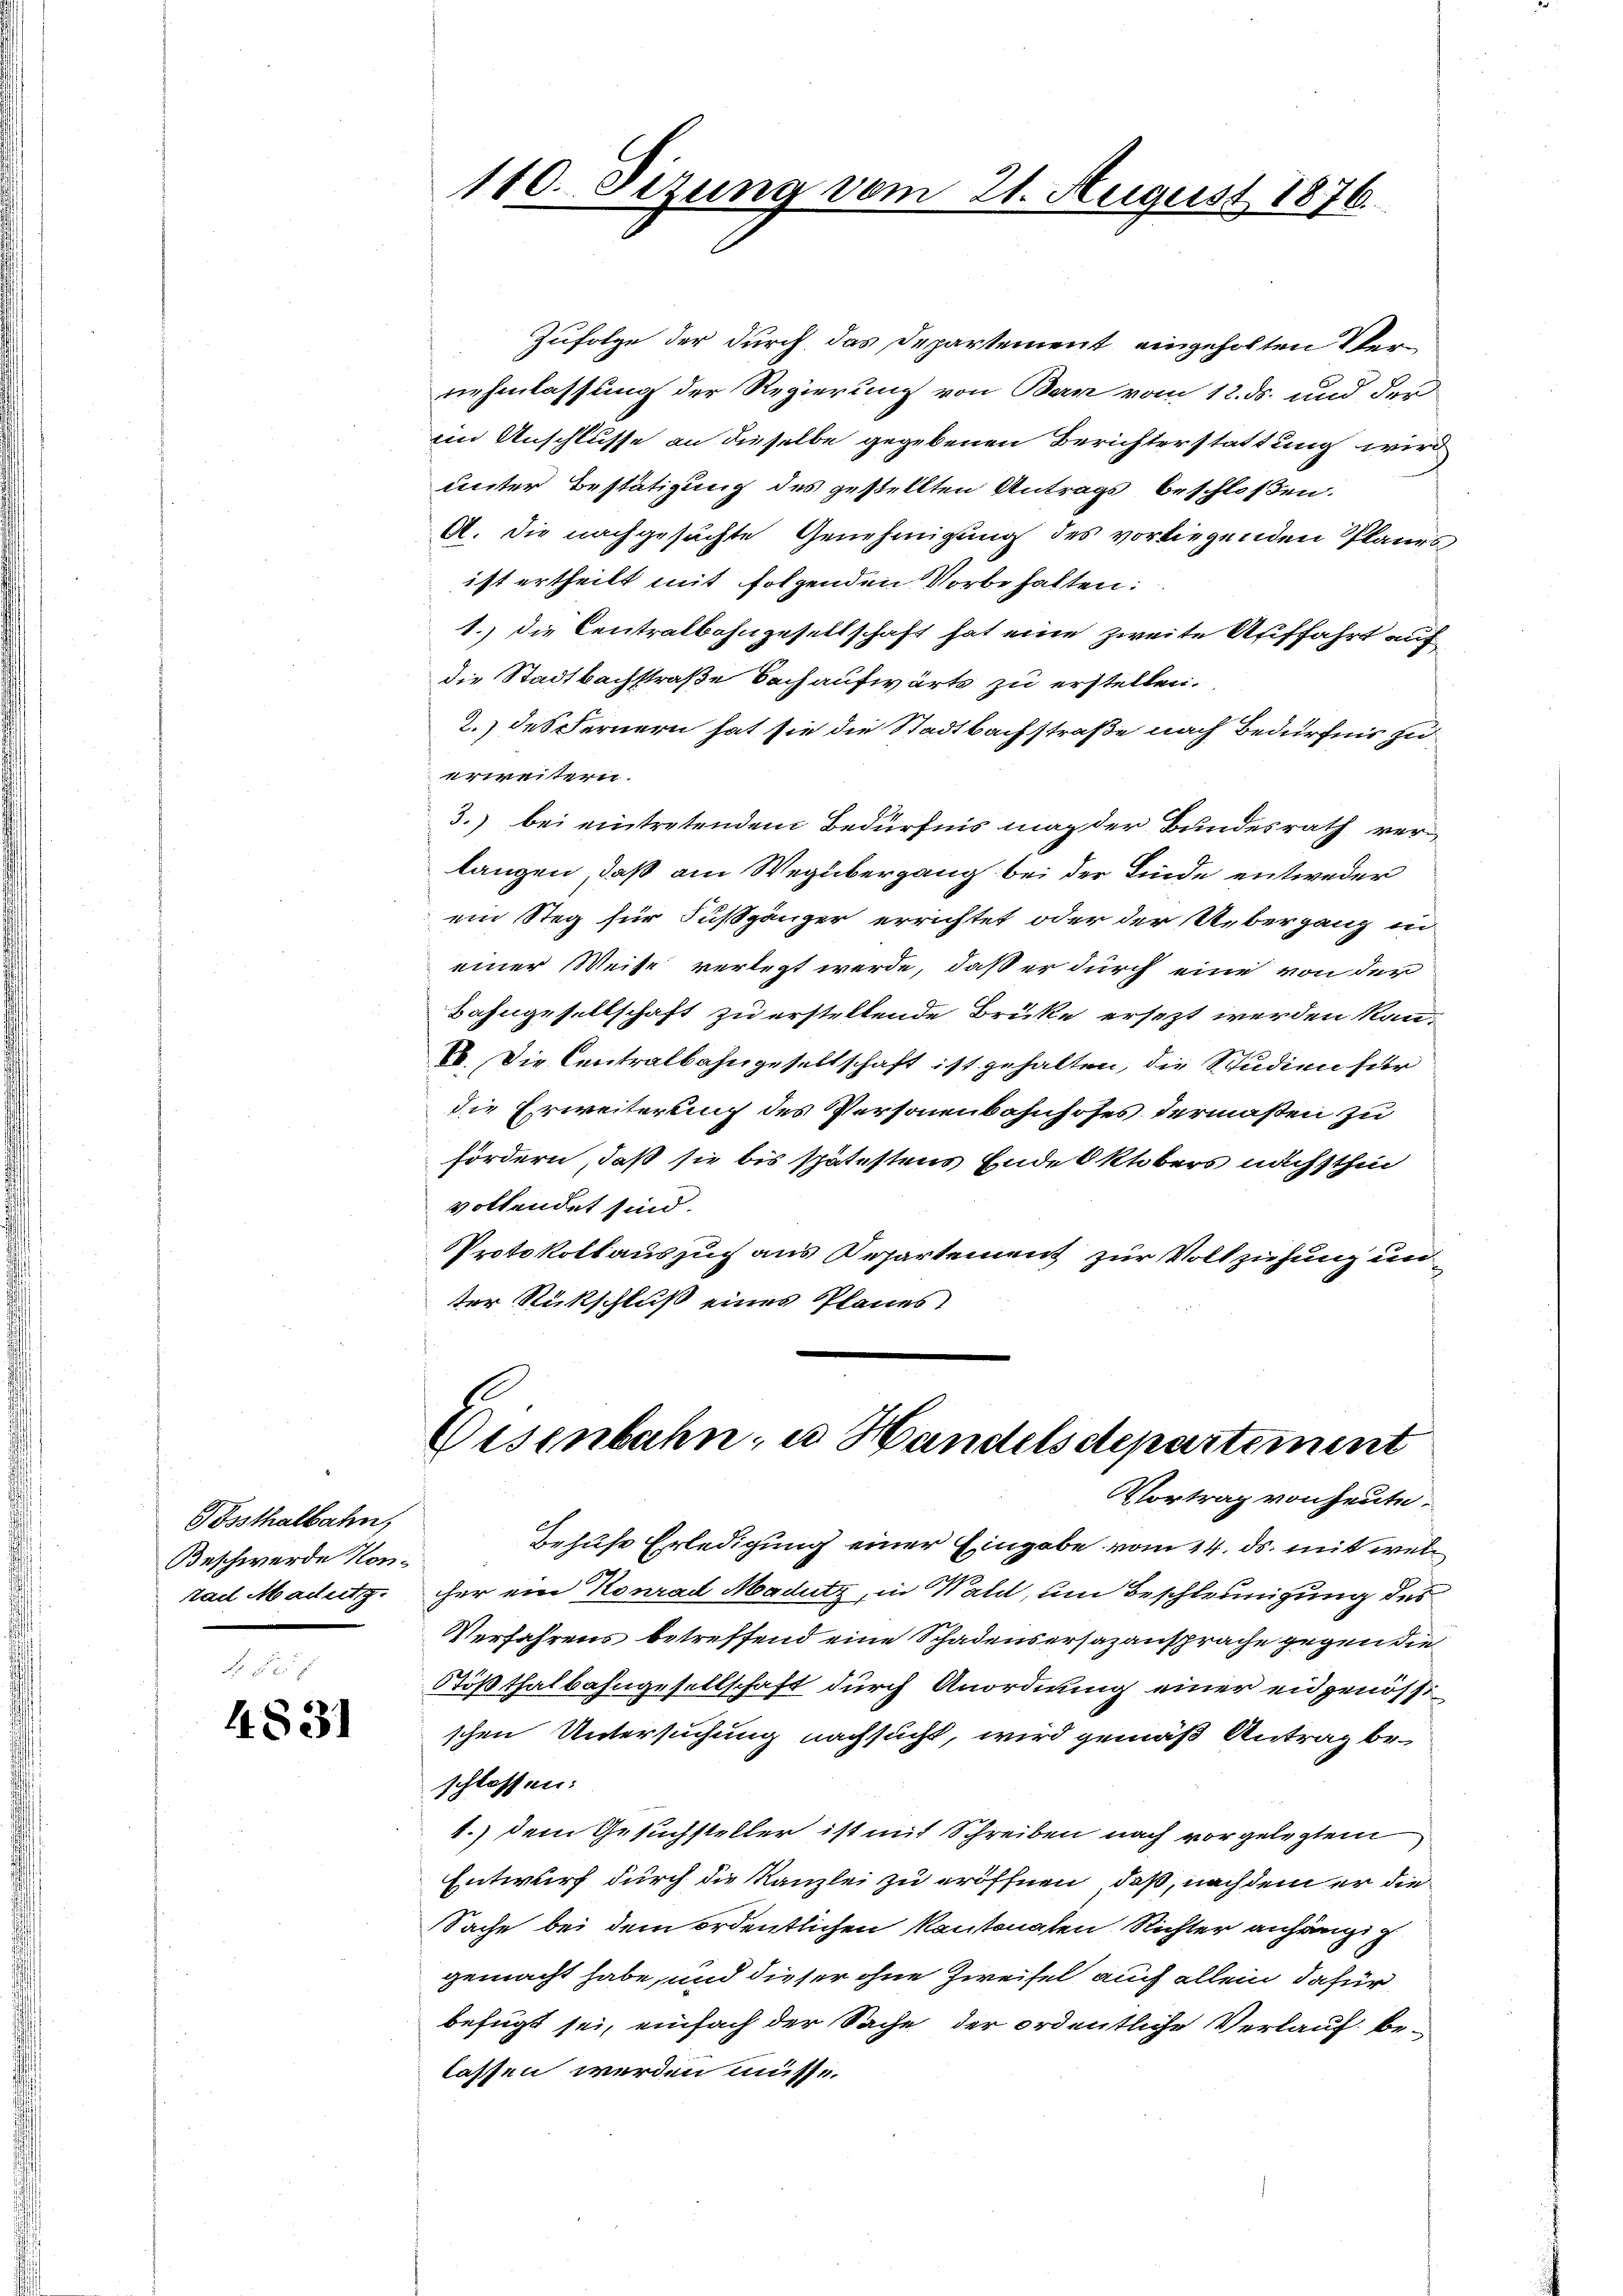
Posthalbahn,
Beschwerde Kontad Madutig.

4831

110. Sizung vom 21. August 1876.

Zufolge der durch das Departement eingeholten Vernehmlassung der Regierung von Bern vom 12. ds. und der
im Anschlusse an dieselbe gegebenen Berichterstattung wird
eister Bestätigung des gestellten Antrags beschloßen.
A. die nachgesuchte Genehmigung des vorliegenden Planes
ist ertheilt mit folgenden Vorbehalten:
1.) Die Centralbahngesellschaft hat eine zweite Auffahrt auf
die Stadtbachstraße Nach aufwärts zu erstellen.
2.) des Fernern hat sie die Stadtbachstraße nach Bedürfnis zu
erweitern.
3.) bei eintretendem Bedürfnis mag der Bundesrath verlangen, daß am Wegübergang bei der Linde entweder
ein Steg für Fußgänger errichtet oder der Übergang in
einer Weise verlegt werde, daß er durch eine von der
Bahngesellschaft zu erstellende Brüke ersezt werden kan-
E. Die Centralbahngesellschaft ist gehalten, die Studien für
die Erweiterung des Personenbahnhofes termaßen zu
fördern, daß sie bis spätestens Ende Oktobers nächsthin
vollendet sind.
Protokollauszug aus Departement zur Vollziehung un
ter Rückschluß eines Planes

Eisenbahn, u. Handelsdepartement

Vortrag von heute.
Behufe Erledigung einer Eingabe vom 14. ds. mit welher ein Konrad Madutz, in Wald, um Beschleunigung des
Verfahrens betreffend eine Schadensersazansprache gegen die
Stößthalbahngesellschaft durch Anordnung einer eidgenöss
schen Untersuchung nachsucht, wird gemäß Antrag be-
schlossen:
1.) dem Gesuchsteller ist mit Schreiben nach vorgelegten
Entwurf durch die Kanzlei zu eröffnen, daß, nachdem er die
Sache bei dem ordentlichen Kantonaten Richter anhängig
gemacht habe, und dieser ohne Zweifel auch allein dafür
befügt sei, einfach der Sache der ordentliche Verlauf belassen werden müsse.